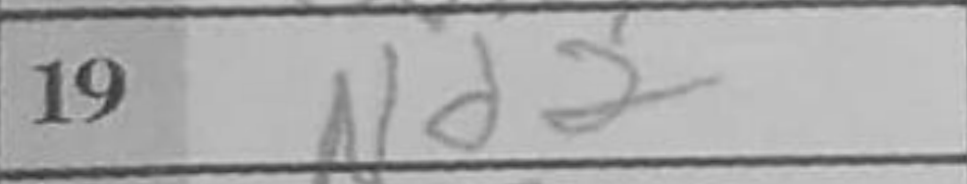
Transcription: Nd2